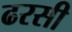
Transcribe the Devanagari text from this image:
ढरसी